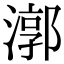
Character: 漷